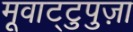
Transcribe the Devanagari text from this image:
मूवाट्टुपुज़ा